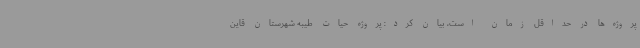
پروژه‌ها در حداقل زمان است، بیان کرد: پروژه حیات طیبه شهرستان قاین